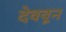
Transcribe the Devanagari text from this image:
देववून